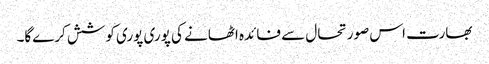
بھارت اس صورتحال سے فائدہ اٹھانے کی پوری پوری کوشش کرےگا۔